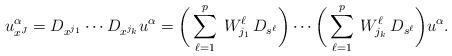
LaTeX: \begin{align*}u^\alpha_{x^J} = D_{x^{j_1}}\cdots D_{x^{j_k}} u^\alpha = \bigg(\sum_{\ell=1}^p\> W^\ell_{j_1} \, D_{s^\ell}\bigg) \cdots \bigg(\sum_{\ell=1}^p\> W^\ell_{j_k}\, D_{s^\ell}\bigg) u^\alpha.\end{align*}